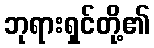
ဘုရားရှင်တို့၏